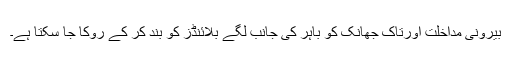
بیرونی مداخلت اورتاک جھانک کو باہر کی جانب لگے بلائنڈز کو بند کر کے روکا جا سکتا ہے۔